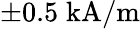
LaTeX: \pm 0.5\; \mathrm{kA}/\mathrm{m}